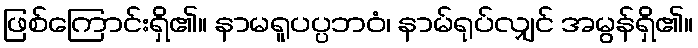
ဖြစ်ကြောင်းရှိ၏။ နာမရူပပ္ပဘဝံ၊ နာမ်ရုပ်လျှင် အမွန်ရှိ၏။